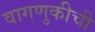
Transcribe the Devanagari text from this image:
वागणुकीची